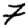
Digit: 7